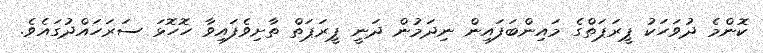
ކޮންމެ ދުވަހަކު ޕީރަޕަތްގެ މައިންބަފައިން ނިދަމުން ދަނީ ޕީރަޕަތް ތާށިވެފައިވާ ހޮހޮޅަ ސަރަހައްދުގައެވެ.